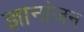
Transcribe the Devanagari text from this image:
ज्ञानांजन